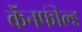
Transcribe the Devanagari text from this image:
कॅनफील्ड